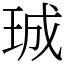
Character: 珹